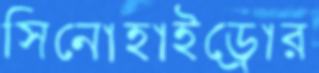
সিনোহাইড্রোর